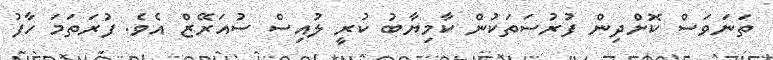
ތަނަވަސް ކޮށްދިން ފުރުސަތަކުން ކާމިޔާބު ކުރީ ލުއިސް ސުއަރޭޒް އެވެ. ފުރަތަމަ ހާފު